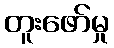
တူးဖော်မှု